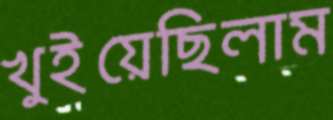
খুইয়েছিলাম